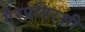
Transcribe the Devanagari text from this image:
गैरप्रतिरक्षी